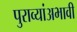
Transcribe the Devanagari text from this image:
पुराव्यांअभावी